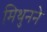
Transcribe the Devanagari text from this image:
मिथुनने